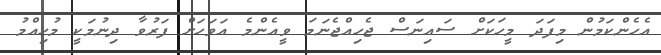
އެހެންކަމުން މިފަދަ މީހަކަށް ސައިނަސް ޖެހިއްޖެނަމަ ވީއެންމެ އަވަހަށް ފަރުވާ ދިނުމަކީ މުހިއްމު